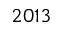
2 0 1 3